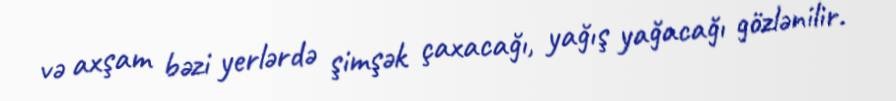
və axşam bəzi yerlərdə şimşək çaxacağı, yağış yağacağı gözlənilir.